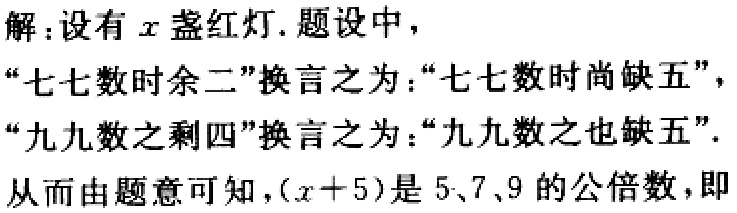
解：设有\(x\)盏红灯. 题设中，

“七七数时余二”换言之为：“七七数时尚缺五”，

“九九数之剩四”换言之为：“九九数之也缺五”.

从而由题意可知，\((x + 5)\)是\(5、7、9\)的公倍数，即